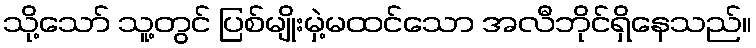
သို့သော် သူ့တွင် ပြစ်မျိုးမှဲ့မထင်သော အလီဘိုင်ရှိနေသည်။